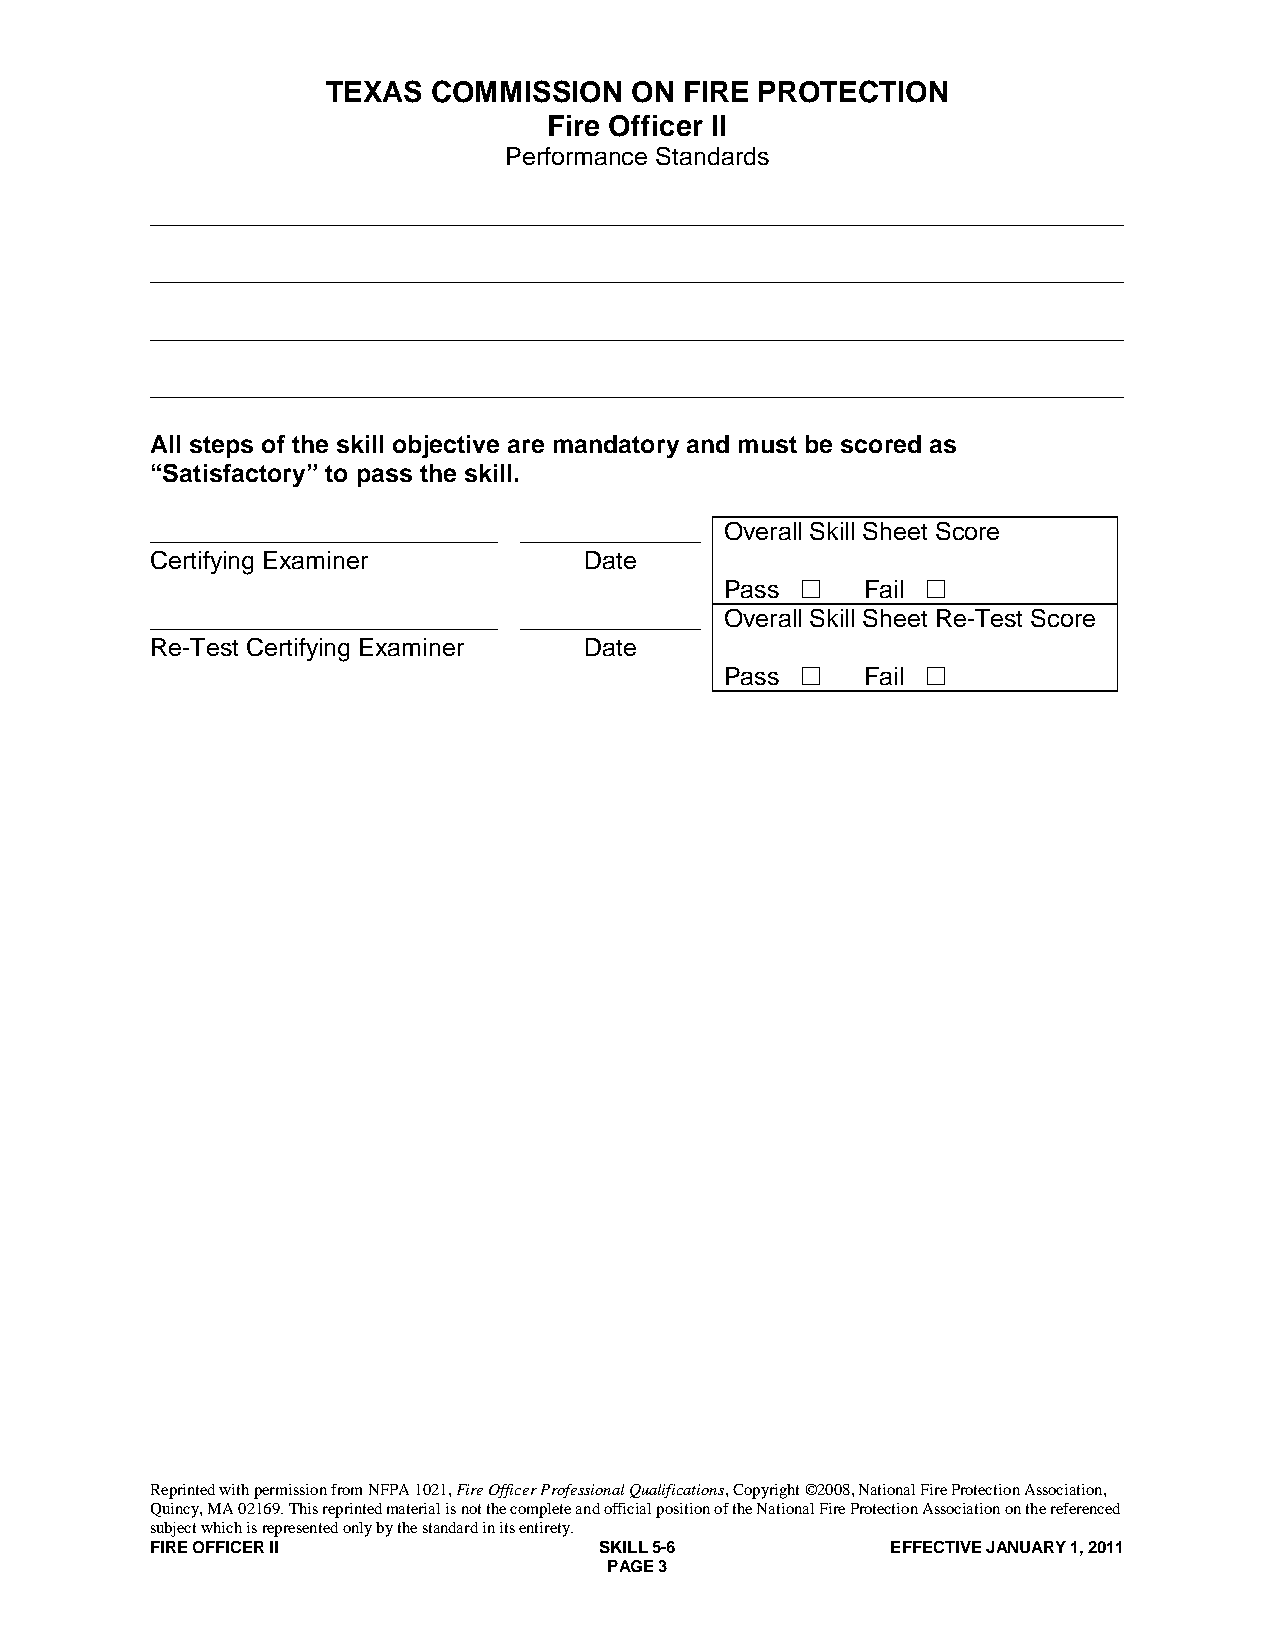
TEXAS  COMMISSION   ON FIRE PROTECTION
 Fire Officer II
 Performance Standards
 ______________________________________________________________________
 ______________________________________________________________________
 ______________________________________________________________________
 ______________________________________________________________________
 All steps of the skill objective are mandatory and must be scored as
 “Satisfactory” to pass the skill.
 _________________________ _____________ Overall Skill Sheet Score
 Certifying Examiner          Date
 Pass    Fail 
 _________________________ _____________ Overall Skill Sheet Re-Test Score
 Re-Test Certifying Examiner  Date
 Pass    Fail 
 Reprinted with permission from NFPA 1021, Fire Officer Professional Qualifications, Copyright ©2008, National Fire Protection Association,
 Quincy, MA 02169. This reprinted material is not the complete and official position of the National Fire Protection Association on the referenced
 subject which is represented only by the standard in its entirety.
 FIRE OFFICER II               SKILL 5-6          EFFECTIVE JANUARY 1, 2011
 PAGE 3